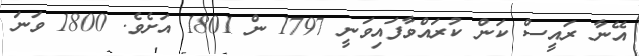
އޭނާ ރައީސް ކަން ކުރައްވާފައިވަނީ 1797 ން 1801 އަށެވެ. 1800 ވަނަ